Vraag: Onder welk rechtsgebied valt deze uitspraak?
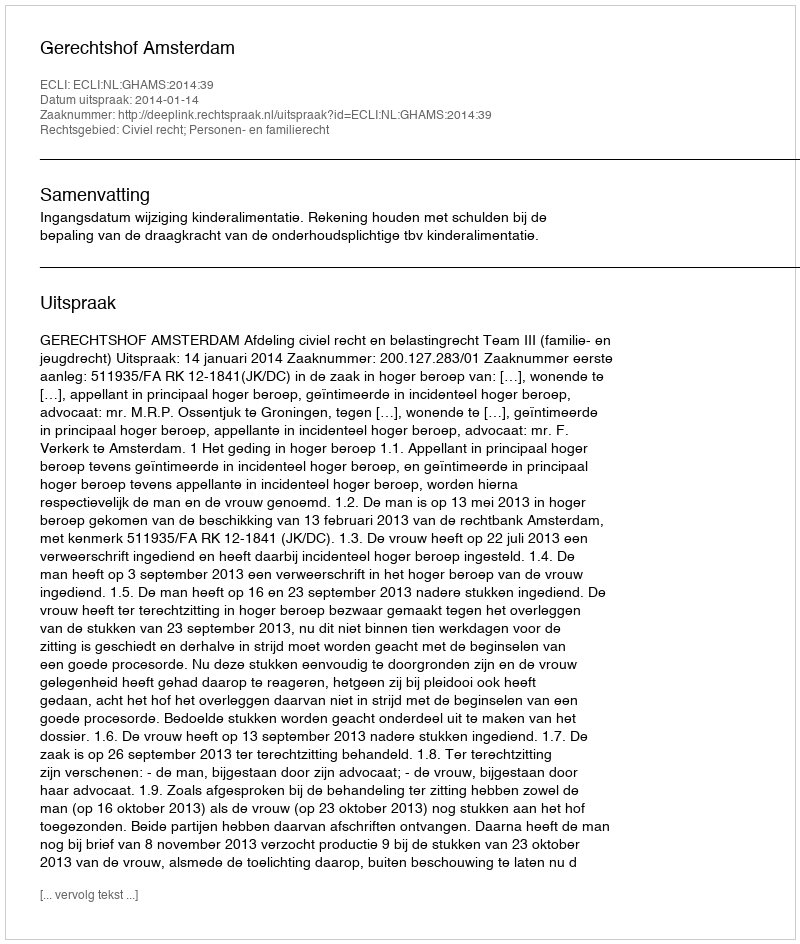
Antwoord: Civiel recht; Personen- en familierecht